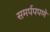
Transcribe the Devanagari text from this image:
समर्पपपणे